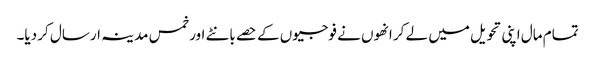
تمام مال اپنی تحویل میں لے کر انھوں نے فوجیوں کے حصے بانٹے اور خمس مدینہ ارسال کر دیا۔